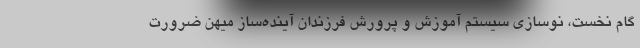
گام نخست، نوسازی سیستم آموزش و پرورش فرزندان آینده‌ساز میهن ضرورت